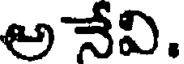
అనేవి.